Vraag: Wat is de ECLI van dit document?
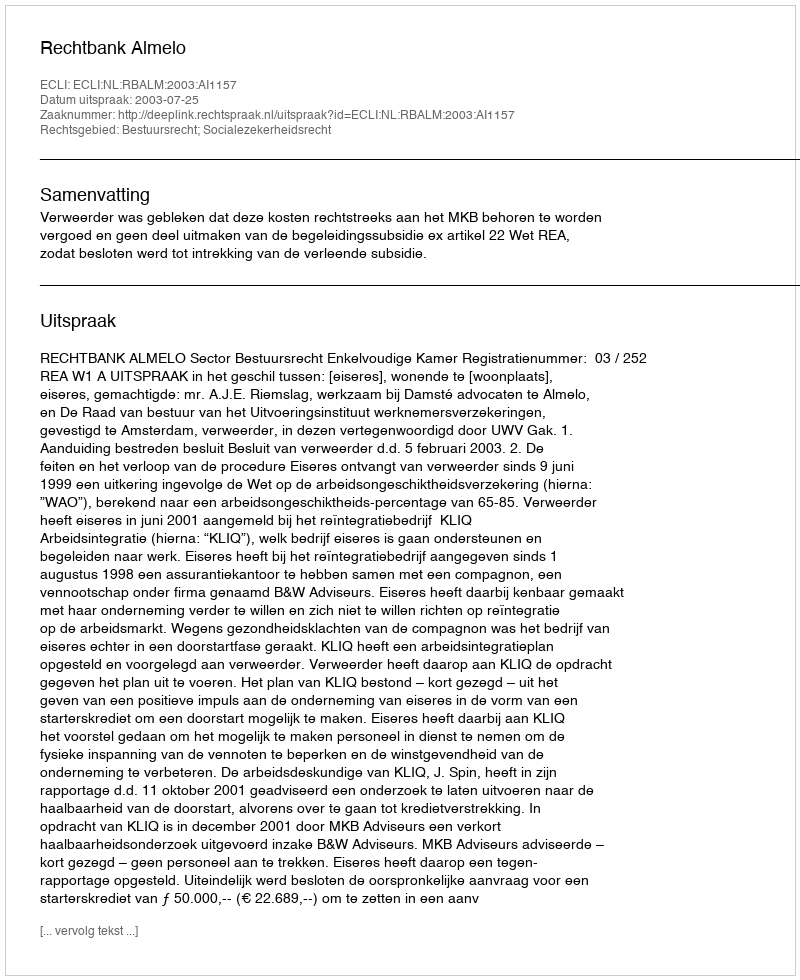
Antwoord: ECLI:NL:RBALM:2003:AI1157